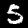
Digit: 5